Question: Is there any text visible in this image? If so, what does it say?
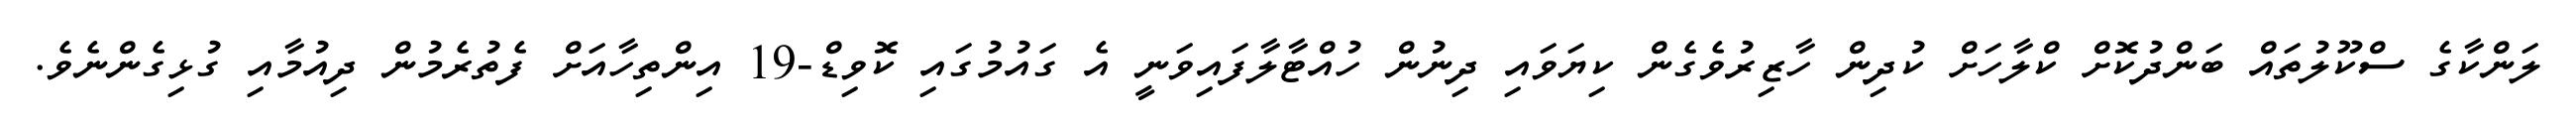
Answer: ލަންކާގެ ސްކޫލުތައް ބަންދުކޮށް ކްލާހަށް ކުދިން ހާޒިރުވެގެން ކިޔަވައި ދިނުން ހުއްޓާލާފައިވަނީ އެ ގައުމުގައި ކޮވިޑް-19 އިންތިހާއަށް ފެތުރެމުން ދިއުމާއި ގުޅިގެންނެވެ.